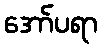
အော်ပရာ